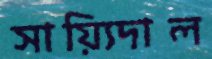
সায়্যিদাল